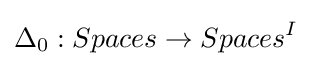
\Delta _{0}:Spaces\to Spaces^{I}